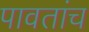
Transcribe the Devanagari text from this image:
पावतांच